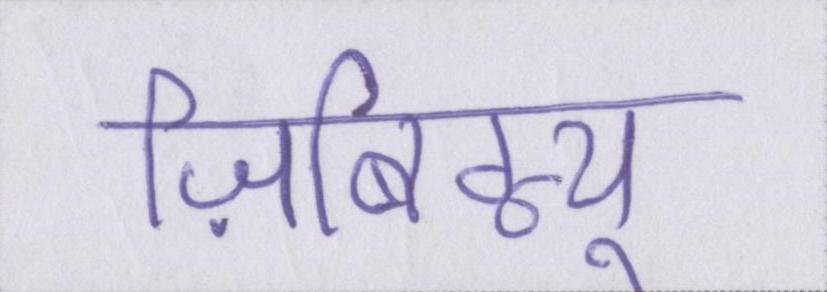
ज़िबिग्न्यू